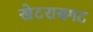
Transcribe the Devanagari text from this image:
खेटरासगट